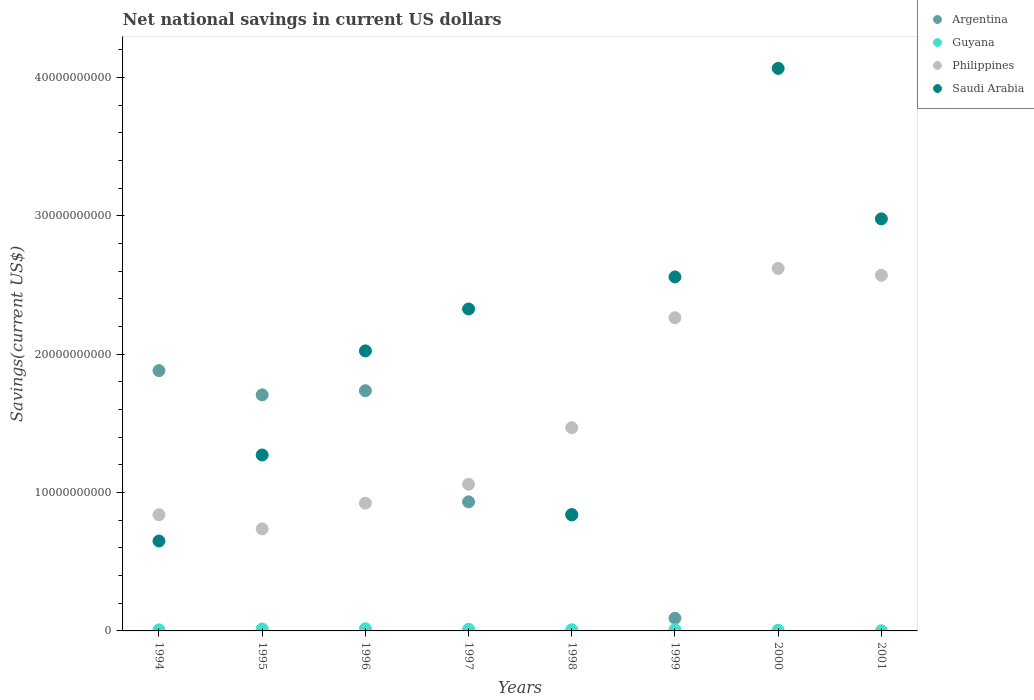
| Years | Argentina | Guyana | Philippines | Saudi Arabia |
 | --- | --- | --- | --- | --- |
 | 1994 | 1.88e+10 | 7.51e+07 | 8.4e+09 | 6.5e+09 |
 | 1995 | 1.71e+10 | 1.39e+08 | 7.38e+09 | 1.27e+10 |
 | 1996 | 1.74e+10 | 1.58e+08 | 9.23e+09 | 2.02e+10 |
 | 1997 | 9.33e+09 | 1.18e+08 | 1.06e+10 | 2.33e+10 |
 | 1998 | 8.43e+09 | 8.32e+07 | 1.47e+10 | 8.39e+09 |
 | 1999 | 9.18e+08 | 8.86e+07 | 2.26e+10 | 2.56e+10 |
 | 2000 | -2.5e+09 | 4.73e+07 | 2.62e+10 | 4.07e+10 |
 | 2001 | -5.32e+09 | 1.03e+07 | 2.57e+10 | 2.98e+10 |